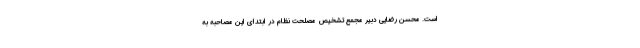
است. محسن رضایی دبیر مجمع تشخیص مصلحت نظام در ابتدای این مصاحبه به